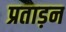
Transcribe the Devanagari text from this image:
प्रताड़न